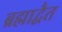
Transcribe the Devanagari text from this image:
ब्रह्माद्वैत